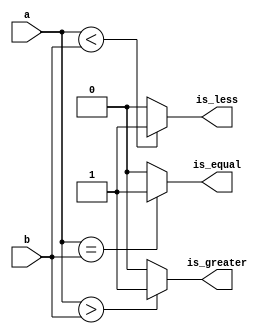
`timescale 1ns / 1ps

module comparator(is_greater,is_equal,is_less,a,b);
parameter WIDTH=8;

output is_greater,is_equal,is_less;
input [WIDTH-1:0] a,b;

assign is_equal = (a == b) ? 1'b1 : 1'b0;
assign is_greater = (a > b) ? 1'b1 : 1'b0;
assign is_less = (a < b) ? 1'b1 : 1'b0;

endmodule